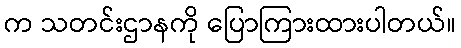
က သတင်းဌာနကို ပြောကြားထားပါတယ်။